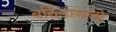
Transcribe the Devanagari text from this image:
बठिंडामध्ये